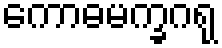
ကောဓမက္ခဂရု